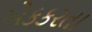
એકકરતા